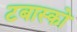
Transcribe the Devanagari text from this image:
टबास्को